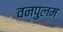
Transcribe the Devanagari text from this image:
वनपुलम